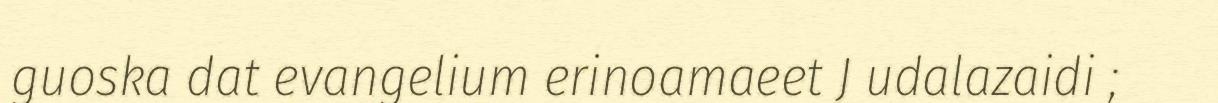
guoska dat evangelium erinoamaeet J udalazaidi ;